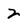
Character: 2